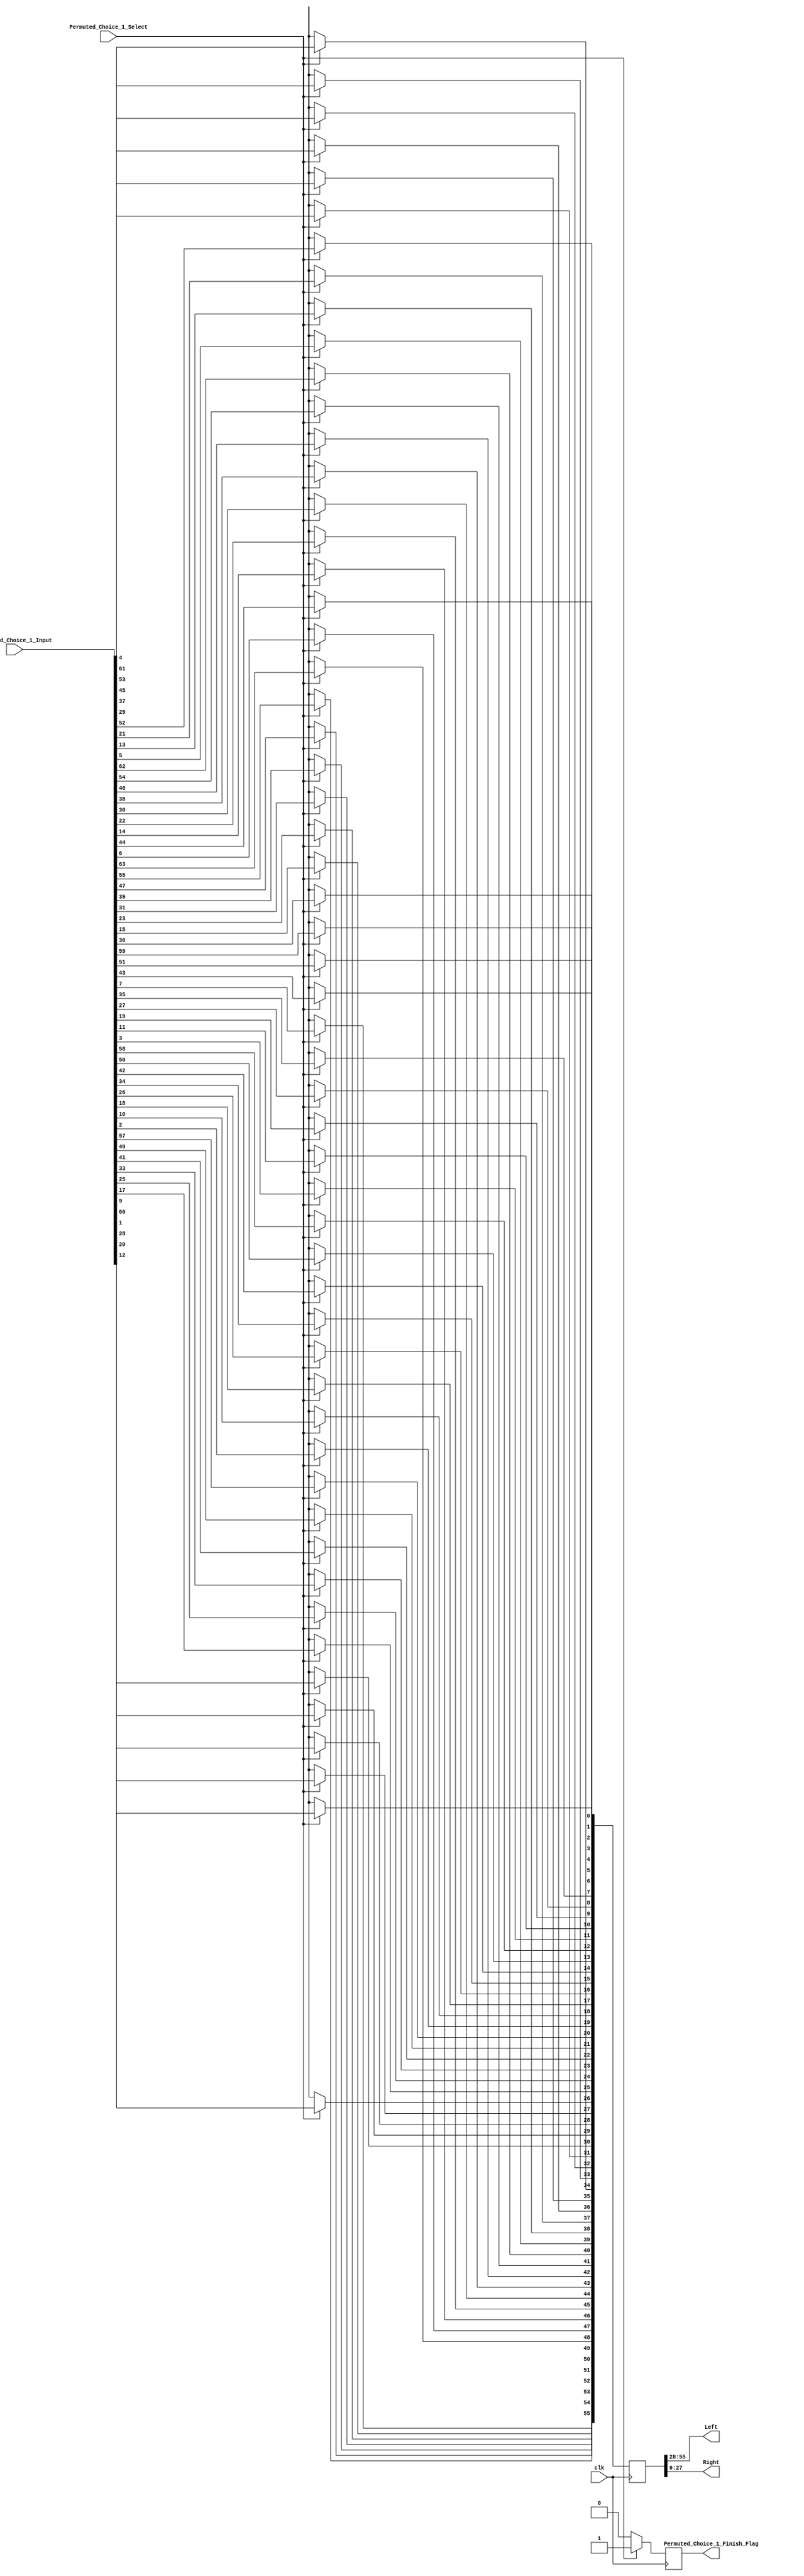
//The "Left" and "Right" halves of the table show which bits 
//from the input key form the left and right sections of the 
//key schedule state. Note that only 56 bits of the 64 bits 
//of the input are selected; 
//the remaining eight (8, 16, 24, 32, 40, 48, 56, 64) were 
//specified for use as parity bits.

module Permuted_Choice_1(
	Permuted_Choice_1_Input,
	Permuted_Choice_1_Select,
	Left,
	Right,
	Permuted_Choice_1_Finish_Flag,
	clk
);
	//input 
	input [64:1] Permuted_Choice_1_Input;
	input wire Permuted_Choice_1_Select;
	input clk;
	//output
	output [28:1] Left;
	output [28:1] Right;
	output Permuted_Choice_1_Finish_Flag;
	//internal register
	reg [56:1] PC1_Permutation;
	reg Permuted_Choice_1_Finish;
	
	assign Left = PC1_Permutation[56:29];
	assign Right = PC1_Permutation[28:1];
	
	assign Permuted_Choice_1_Finish_Flag = Permuted_Choice_1_Finish;
	
	always@(posedge clk) begin
		if(Permuted_Choice_1_Select) begin
			PC1_Permutation[56] <= Permuted_Choice_1_Input[8];
			PC1_Permutation[55] <= Permuted_Choice_1_Input[16];
			PC1_Permutation[54] <= Permuted_Choice_1_Input[24];
			PC1_Permutation[53] <= Permuted_Choice_1_Input[32];
			PC1_Permutation[52] <= Permuted_Choice_1_Input[40];
			PC1_Permutation[51] <= Permuted_Choice_1_Input[48];
			PC1_Permutation[50] <= Permuted_Choice_1_Input[56];
			PC1_Permutation[49] <= Permuted_Choice_1_Input[64];
			PC1_Permutation[48] <= Permuted_Choice_1_Input[7];
			PC1_Permutation[47] <= Permuted_Choice_1_Input[15];
			PC1_Permutation[46] <= Permuted_Choice_1_Input[23];
			PC1_Permutation[45] <= Permuted_Choice_1_Input[31];
			PC1_Permutation[44] <= Permuted_Choice_1_Input[39];
			PC1_Permutation[43] <= Permuted_Choice_1_Input[47];
			PC1_Permutation[42] <= Permuted_Choice_1_Input[55];
			PC1_Permutation[41] <= Permuted_Choice_1_Input[63];
			PC1_Permutation[40] <= Permuted_Choice_1_Input[6];
			PC1_Permutation[39] <= Permuted_Choice_1_Input[14];
			PC1_Permutation[38] <= Permuted_Choice_1_Input[22];
			PC1_Permutation[37] <= Permuted_Choice_1_Input[30];
			PC1_Permutation[36] <= Permuted_Choice_1_Input[38];
			PC1_Permutation[35] <= Permuted_Choice_1_Input[46];
			PC1_Permutation[34] <= Permuted_Choice_1_Input[54];
			PC1_Permutation[33] <= Permuted_Choice_1_Input[62];
			PC1_Permutation[32] <= Permuted_Choice_1_Input[5];
			PC1_Permutation[31] <= Permuted_Choice_1_Input[13];
			PC1_Permutation[30] <= Permuted_Choice_1_Input[21];
			PC1_Permutation[29] <= Permuted_Choice_1_Input[29];
			//----------------right part----------------
			PC1_Permutation[28] <= Permuted_Choice_1_Input[2];
			PC1_Permutation[27] <= Permuted_Choice_1_Input[10];
			PC1_Permutation[26] <= Permuted_Choice_1_Input[18];
			PC1_Permutation[25] <= Permuted_Choice_1_Input[26];
			PC1_Permutation[24] <= Permuted_Choice_1_Input[34];
			PC1_Permutation[23] <= Permuted_Choice_1_Input[42];
			PC1_Permutation[22] <= Permuted_Choice_1_Input[50];
			PC1_Permutation[21] <= Permuted_Choice_1_Input[58];
			PC1_Permutation[20] <= Permuted_Choice_1_Input[3];
			PC1_Permutation[19] <= Permuted_Choice_1_Input[11];
			PC1_Permutation[18] <= Permuted_Choice_1_Input[19];
			PC1_Permutation[17] <= Permuted_Choice_1_Input[27];
			PC1_Permutation[16] <= Permuted_Choice_1_Input[35];
			PC1_Permutation[15] <= Permuted_Choice_1_Input[43];
			PC1_Permutation[14] <= Permuted_Choice_1_Input[51];
			PC1_Permutation[13] <= Permuted_Choice_1_Input[59];
			PC1_Permutation[12] <= Permuted_Choice_1_Input[4];
			PC1_Permutation[11] <= Permuted_Choice_1_Input[12];
			PC1_Permutation[10] <= Permuted_Choice_1_Input[20];
			PC1_Permutation[9] <= Permuted_Choice_1_Input[28];
			PC1_Permutation[8] <= Permuted_Choice_1_Input[36];
			PC1_Permutation[7] <= Permuted_Choice_1_Input[44];
			PC1_Permutation[6] <= Permuted_Choice_1_Input[52];
			PC1_Permutation[5] <= Permuted_Choice_1_Input[60];
			PC1_Permutation[4] <= Permuted_Choice_1_Input[37];
			PC1_Permutation[3] <= Permuted_Choice_1_Input[45];
			PC1_Permutation[2] <= Permuted_Choice_1_Input[53];
			PC1_Permutation[1] <= Permuted_Choice_1_Input[61];
			
			Permuted_Choice_1_Finish <= 1'b1;
		end
		else begin
			PC1_Permutation <= 64'bx;
			Permuted_Choice_1_Finish <= 1'b0;
		end
	end

endmodule